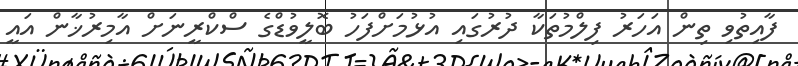
ފާއިތުވި ތިން އަހަރު ފިލްމުތަކާ ދުރުގައި އުޅުމަށްފަހު ބޮލީވުޑްގެ ސްކްރީނަށް އާމިރުޚާން އައީ